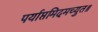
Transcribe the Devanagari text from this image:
पर्याप्तमिदमच्युत॥